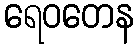
ရေဝတေန